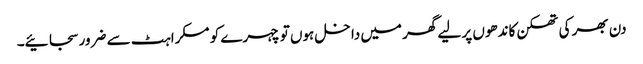
دن بھر کی تھکن کاندھوں پر لیے گھر میں داخل ہوں تو چہرے کو مسکراہٹ سے ضرور سجائیے۔